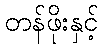
တန်ဖိုးနှင့်